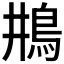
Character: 𩾺